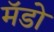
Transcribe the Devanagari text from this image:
मॅडो